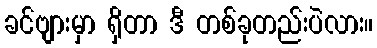
ခင်ဗျားမှာ ရှိတာ ဒီ တစ်ခုတည်းပဲလား။